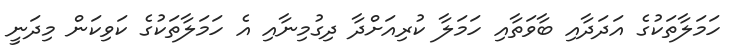
ހަމަލާތަކުގެ އަދަދާއި ބާވަތާއި ހަމަލާ ކުރިއަށްދާ ދިގުމިނާއި އެ ހަމަލާތަކުގެ ކަވިކަން މިދަނީ